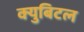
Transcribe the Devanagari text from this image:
क्युबिटल